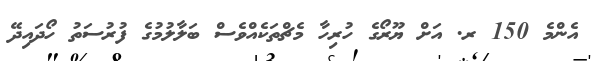
އެންމެ 150 ރ. އަށް ޔޫރޯގެ ހުރިހާ މެޗްތަކެއްވެސް ބަލާލުމުގެ ފުރުސަތު ހޯދައިދޭ